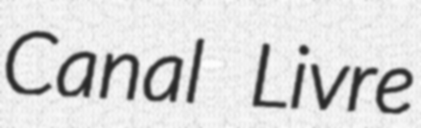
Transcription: Canal Livre